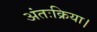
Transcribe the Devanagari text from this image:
अंतःक्रिया।